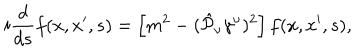
i \frac { d } { d s } f ( x , x ^ { \prime } , s ) = \left[ m ^ { 2 } - ( \hat { { \cal P } } _ { \nu } \gamma ^ { \nu } ) ^ { 2 } \right] f ( x , x ^ { \prime } , s ) ,